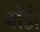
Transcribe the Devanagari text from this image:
बोर्ड।